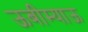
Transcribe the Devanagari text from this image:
ऊबीम्याऊ